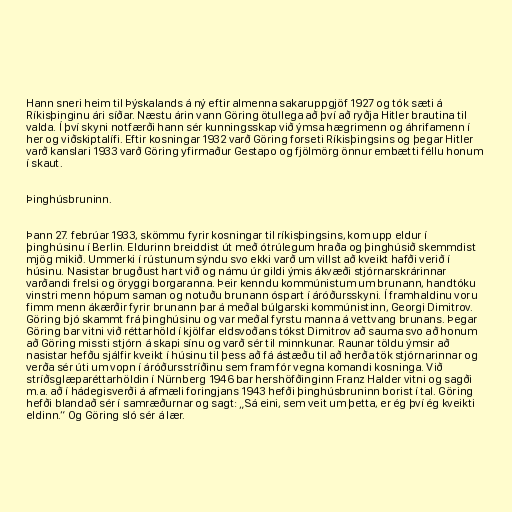
Hann sneri heim til Þýskalands á ný eftir almenna sakaruppgjöf 1927 og tók sæti á
Ríkisþinginu ári síðar. Næstu árin vann Göring ötullega að því að ryðja Hitler brautina til
valda. Í því skyni notfærði hann sér kunningsskap við ýmsa hægrimenn og áhrifamenn í
her og viðskiptalífi. Eftir kosningar 1932 varð Göring forseti Ríkisþingsins og þegar Hitler
varð kanslari 1933 varð Göring yfirmaður Gestapo og fjölmörg önnur embætti féllu honum
í skaut.

Þinghúsbruninn.

Þann 27. febrúar 1933, skömmu fyrir kosningar til ríkisþingsins, kom upp eldur í
þinghúsinu í Berlin. Eldurinn breiddist út með ótrúlegum hraða og þinghúsið skemmdist
mjög mikið. Ummerki í rústunum sýndu svo ekki varð um villst að kveikt hafði verið í
húsinu. Nasistar brugðust hart við og námu úr gildi ýmis ákvæði stjórnarskrárinnar
varðandi frelsi og öryggi borgaranna. Þeir kenndu kommúnistum um brunann, handtóku
vinstri menn hópum saman og notuðu brunann óspart í áróðursskyni. Í framhaldinu voru
fimm menn ákærðir fyrir brunann þar á meðal búlgarski kommúnistinn, Georgi Dimitrov.
Göring bjó skammt frá þinghúsinu og var meðal fyrstu manna á vettvang brunans. Þegar
Göring bar vitni við réttarhöld í kjölfar eldsvoðans tókst Dimitrov að sauma svo að honum
að Göring missti stjórn á skapi sínu og varð sér til minnkunar. Raunar töldu ýmsir að
nasistar hefðu sjálfir kveikt í húsinu til þess að fá ástæðu til að herða tök stjórnarinnar og
verða sér úti um vopn í áróðursstríðinu sem fram fór vegna komandi kosninga. Við
stríðsglæparéttarhöldin í Nürnberg 1946 bar hershöfðinginn Franz Halder vitni og sagði
m.a. að í hádegisverði á afmæli foringjans 1943 hefði þinghúsbruninn borist í tal. Göring
hefði blandað sér í samræðurnar og sagt: „Sá eini, sem veit um þetta, er ég því ég kveikti
eldinn.“ Og Göring sló sér á lær.